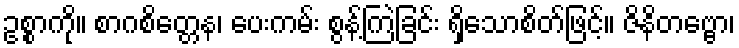
ဥစ္စာကို။ စာဂစိတ္တေန၊ ပေးကမ်း စွန့်ကြဲခြင်း ရှိသောစိတ်ဖြင့်။ ဇိနိတဗ္ဗော၊